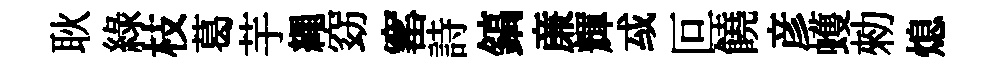
耿綠枝葛芋繩窈窰詩鎬亷輝㦯叵饒彦蠖勑熄